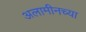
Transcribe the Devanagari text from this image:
अलामीनच्या